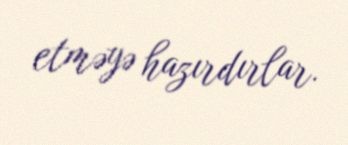
etməyə hazırdırlar.